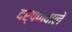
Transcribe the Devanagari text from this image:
दर्पणवाले